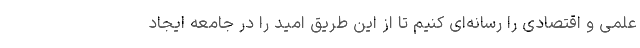
علمی و اقتصادی را رسانه‌ای کنیم تا از این طریق امید را در جامعه ایجاد